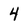
Character: 4